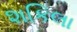
શકિલા